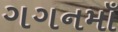
ગગનમાઁ